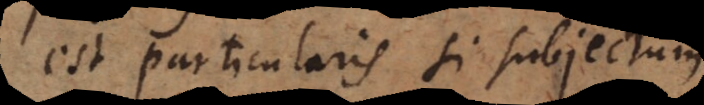
est particularis si subjectum